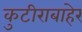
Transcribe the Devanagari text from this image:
कुटीराबाहेर